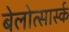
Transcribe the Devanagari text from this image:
बेलोत्सार्स्क